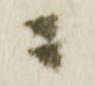
ニ